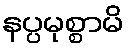
နပ္ပမုစ္စာမိ